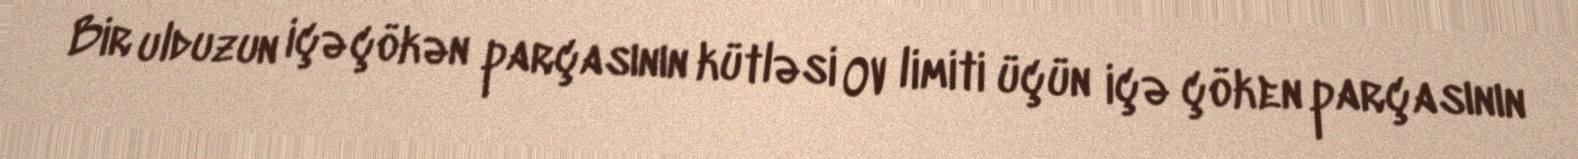
Bir ulduzun içə çökən parçasının kütləsi OV limiti üçün içə çöken parçasının